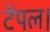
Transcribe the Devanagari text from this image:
टेंपल।